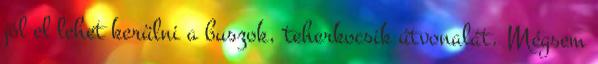
jól el lehet kerülni a buszok, teherkocsik útvonalát. Mégsem